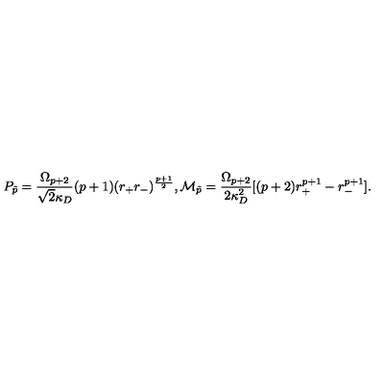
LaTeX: P _ { \tilde { p } } = { \frac { \Omega _ { p + 2 } } { \sqrt { 2 } \kappa _ { D } } } ( p + 1 ) ( r _ { + } r _ { - } ) ^ { \frac { p + 1 } { 2 } } , { \cal M } _ { \tilde { p } } = { \frac { \Omega _ { p + 2 } } { 2 \kappa _ { D } ^ { 2 } } } [ ( p + 2 ) r _ { + } ^ { p + 1 } - r _ { - } ^ { p + 1 } ] .